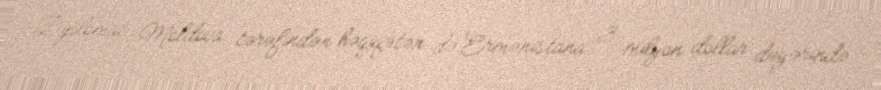
Diplomat Moldova tərəfindən həqiqətən də Ermənistana 3 milyon dollar dəyərində